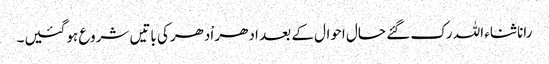
رانا ثناء اللہ رک گئے حال احوال کے بعد ادھر اْدھرکی باتیں شروع ہوگئیں۔